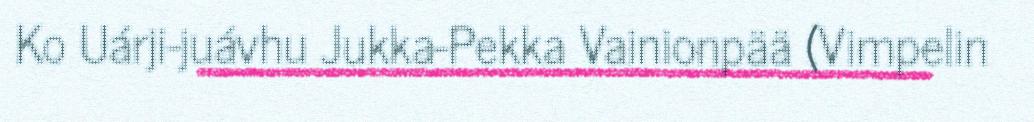
Ko Uárji-juávhu Jukka-Pekka Vainionpää (Vimpelin